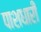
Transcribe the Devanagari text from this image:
पाशधारी